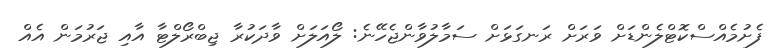
ފެށުމެއްސްކޮޓްލެންޑަށް ވަރަށް ރަނގަޅަށް ސަމާލުވާންޖެހޭނެ: ލޯއަލަށް ވާދަކުރާ ޖިބްރޯލްޓާ އާއި ޖަރުމަން އެއް